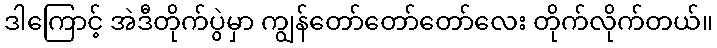
ဒါကြောင့် အဲဒီတိုက်ပွဲမှာ ကျွန်တော်တော်တော်လေး တိုက်လိုက်တယ်။